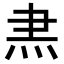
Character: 𭴘